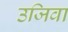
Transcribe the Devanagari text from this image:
उजिवा